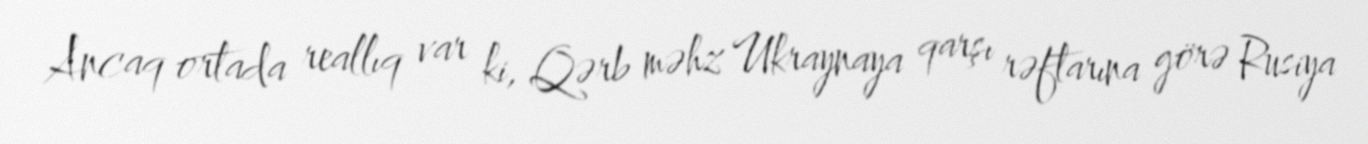
Ancaq ortada reallıq var ki, Qərb məhz Ukraynaya qarşı rəftarına görə Rusiya